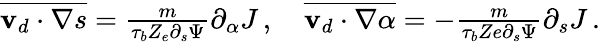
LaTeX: \begin{array}{r}{\overline{{\mathbf{v}_{d}\cdot\nabla s}}=\frac{m}{\tau_{b}Z_{e}\partial_{s}\Psi}\partial_{\alpha}J\, ,\quad\overline{{\mathbf{v}_{d}\cdot\nabla\alpha}}=-\frac{m}{\tau_{b}Ze\partial_{s}\Psi}\partial_{s}J\, .}\end{array}